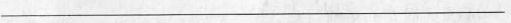
___